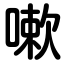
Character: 嗽